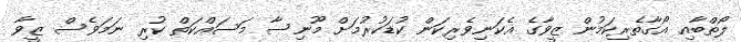
ލޯތްބާއި އޯގާތެރިކަމުން ޒީވާގެ އެކަނިވެރިކަން ކުޑަކުރުމަށް މޫނިސާ މަސައްކަތް ކުރި ނަމަވެސް ޒީވާ